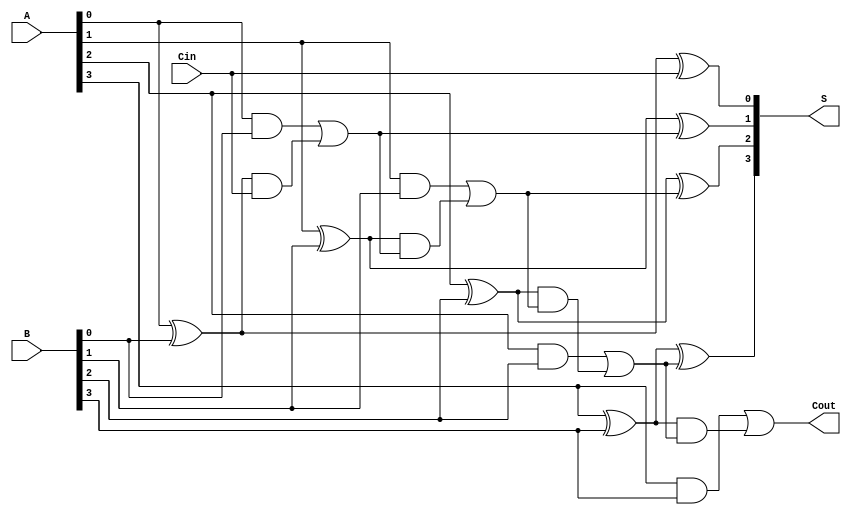
module conditional_sum_adder #(parameter n = 4) (
    input  [n-1:0] A,      // First n-bit input
    input  [n-1:0] B,      // Second n-bit input
    input         Cin,      // Carry-in
    output [n-1:0] S,      // n-bit sum output
    output        Cout      // Carry-out
);

    wire [n:0] P;          // Propagate signals
    wire [n:0] G;          // Generate signals
    wire [n:0] C;          // Carry signals

    // Generate and propagate signals
    genvar i;
    generate
        for (i = 0; i < n; i = i + 1) begin : gen_prop
            assign P[i] = A[i] ^ B[i]; // Propagate
            assign G[i] = A[i] & B[i]; // Generate
        end
    endgenerate

    // Carry signals
    assign C[0] = Cin; // Initial carry-in

    generate
        for (i = 0; i < n; i = i + 1) begin : carry_logic
            assign C[i+1] = G[i] | (P[i] & C[i]); // Carry generation
        end
    endgenerate

    // Sum calculation
    generate
        for (i = 0; i < n; i = i + 1) begin : sum_logic
            assign S[i] = P[i] ^ C[i]; // Sum calculation
        end
    endgenerate

    // Final carry-out
    assign Cout = C[n];

endmodule